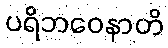
ပရိဘဝေနာတိ